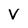
Character: V